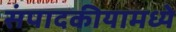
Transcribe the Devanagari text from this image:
संपादकीयामध्ये